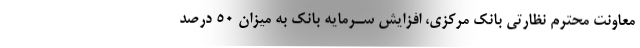
معاونت محترم نظارتی بانک مرکزی، افزایش سـرمایه بانک به میزان 50 درصد